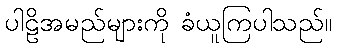
ပါဠိအမည်များကို ခံယူကြပါသည်။